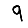
Digit: 9